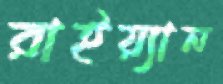
রাইয়্যান